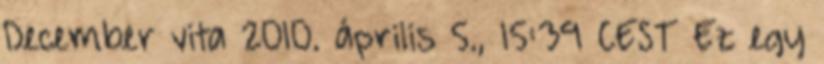
December vita 2010. április 5., 15:39 CEST Ez egy